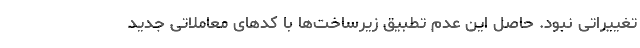
تغییراتی نبود. حاصل این عدم تطبیق زیرساخت‌ها با کدهای معاملاتی جدید